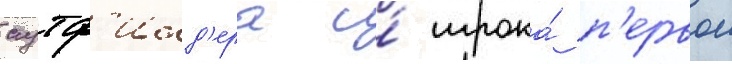
аутф'илд'ера и́ игрока́ п'ервои